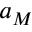
a _ { M }